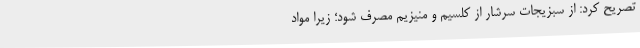
تصریح کرد: از سبزیجات سرشار از کلسیم و منیزیم مصرف شود؛ زیرا مواد